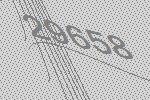
29658